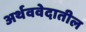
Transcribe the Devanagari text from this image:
अर्थववेदातील